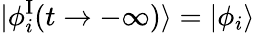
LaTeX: \vert\phi_{i}^{\mathrm{I}}(t\rightarrow-\infty)\rangle=\vert\phi_{i}\rangle